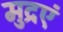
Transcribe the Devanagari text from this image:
मुद्रएं